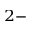
^ { 2 - }